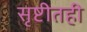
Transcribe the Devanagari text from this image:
सृष्टीतही